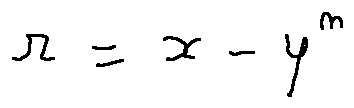
r = x - y ^ { n }